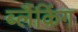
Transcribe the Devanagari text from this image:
ब्लैंकिंग